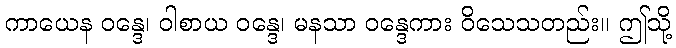
ကာယေန ဝန္ဒေ၊ ဝါစာယ ဝန္ဒေ၊ မနသာ ဝန္ဒေကား ဝိသေသတည်း။ ဤသို့